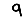
Digit: 9